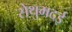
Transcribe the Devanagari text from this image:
सेथुमदई